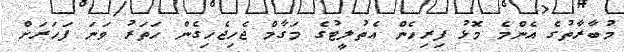
މުބާރާތުގެ އެންމެ މޮޅު ފިރިހެން އެތުލީޓުގެ މަގާމް ޖެހިޖެހިގެން ހަތަރު ވަނަ ފަހަރަށް